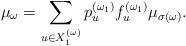
LaTeX: \begin{align*} \mu_\omega = \sum_{u\in X_1 ^{(\omega)}} p_u ^{(\omega_1)} f_u ^{(\omega_1)} \mu_{\sigma(\omega)}.\end{align*}